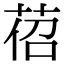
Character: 𦯐